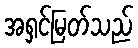
အရှင်မြတ်သည်